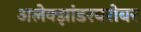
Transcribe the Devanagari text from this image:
अलेक्झांडरबरोबर